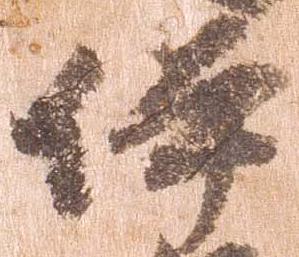
伊